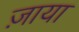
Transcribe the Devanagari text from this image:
ज़ाया